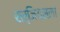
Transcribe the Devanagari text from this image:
सर्जियसला